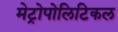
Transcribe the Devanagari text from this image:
मेट्रोपोलिटिकल